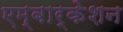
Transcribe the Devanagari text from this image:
एम्बार्केशन